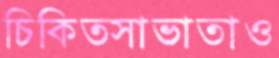
চিকিত্সাভাতাও